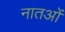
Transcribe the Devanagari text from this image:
नातओं